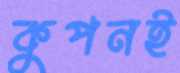
কুপনই